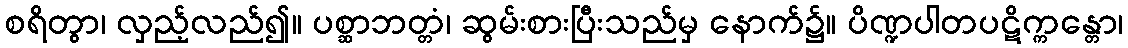
စရိတွာ၊ လှည့်လည်၍။ ပစ္ဆာဘတ္တံ၊ ဆွမ်းစားပြီးသည်မှ နောက်၌။ ပိဏ္ဍပါတပဋိက္ကန္တော၊